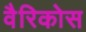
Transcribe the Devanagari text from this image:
वैरिकोस